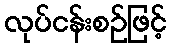
လုပ်ငန်းစဉ်ဖြင့်